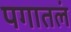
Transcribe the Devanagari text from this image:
पगातलं